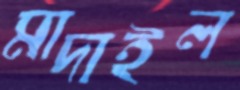
মাদাইল